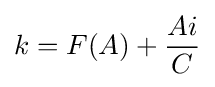
k=F(A)+{\frac {Ai}{C}}